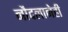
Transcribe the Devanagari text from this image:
नौदलानेही